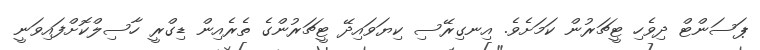
ޕަސަންޓް ދިވެހި ޓީޗަރުން ކަމަށެވެ. އިނގިރޭސި ކިޔަވައިދޭ ޓީޗަރުންގެ ތެރެއިން ޑިގްރީ ހާސިލްކޮށްފައިވަނީ